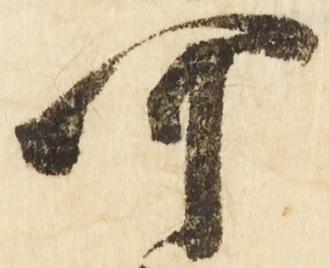
可